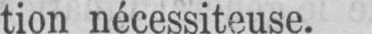
tion nécessiteuse.